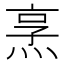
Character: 𪸿